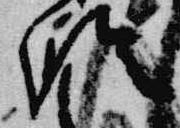
臨